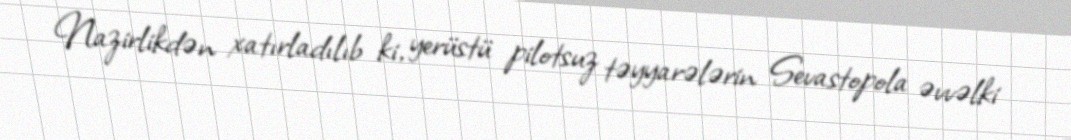
Nazirlikdən xatırladılıb ki, yerüstü pilotsuz təyyarələrin Sevastopola əvvəlki